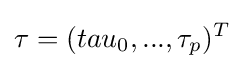
\tau =(tau_{0},...,\tau _{p})^{T}